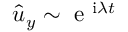
\hat { u } _ { y } \sim \mathrm { ~ e ~ } ^ { \mathrm { i } \lambda t }